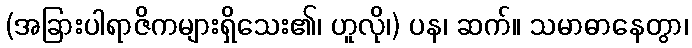
(အခြားပါရာဇိကများရှိသေး၏၊ ဟူလို၊) ပန၊ ဆက်။ သမာဓာနေတွာ၊